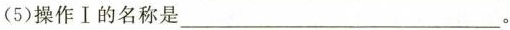
(5)操作Ⅰ的名称是___。